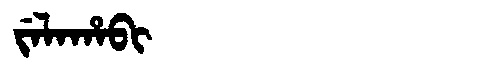
Manchu: ᠵᡝᠯᠠᡥᠠᠪᡳ
Romanization: JELAHABI